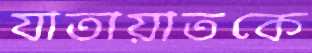
যাতায়াতকে